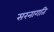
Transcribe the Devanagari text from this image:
सरनागति